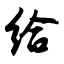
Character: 给